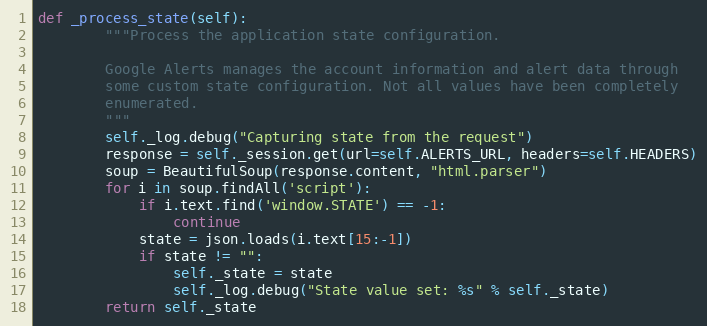
Language: Python
def _process_state(self):
        """Process the application state configuration.

        Google Alerts manages the account information and alert data through
        some custom state configuration. Not all values have been completely
        enumerated.
        """
        self._log.debug("Capturing state from the request")
        response = self._session.get(url=self.ALERTS_URL, headers=self.HEADERS)
        soup = BeautifulSoup(response.content, "html.parser")
        for i in soup.findAll('script'):
            if i.text.find('window.STATE') == -1:
                continue
            state = json.loads(i.text[15:-1])
            if state != "":
                self._state = state
                self._log.debug("State value set: %s" % self._state)
        return self._state